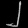
Digit: ၂